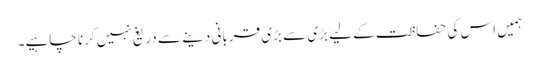
ہمیں اس کی حفاظت کے لیے بڑی سے بڑی قربانی دینے سے دریغ نہیں کرنا چاہیے۔